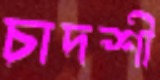
চাদশী